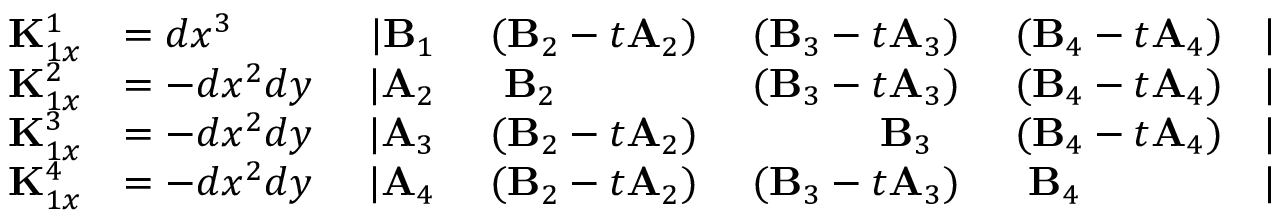
\begin{array} { r l r l r l r } { { \bf K } _ { 1 x } ^ { 1 } } & { = d x ^ { 3 } ~ } & { \vert { \bf B } _ { 1 } } & { ~ ( { \bf B } _ { 2 } - t { \bf A } _ { 2 } ) } & { ~ ( { \bf B } _ { 3 } - t { \bf A } _ { 3 } ) } & { ~ ( { \bf B } _ { 4 } - t { \bf A } _ { 4 } ) } & { \vert } \\ { { \bf K } _ { 1 x } ^ { 2 } } & { = - d x ^ { 2 } d y ~ } & { \vert { \bf A } _ { 2 } } & { ~ ~ { \bf B } _ { 2 } ~ ~ } & { ~ ( { \bf B } _ { 3 } - t { \bf A } _ { 3 } ) } & { ~ ( { \bf B } _ { 4 } - t { \bf A } _ { 4 } ) } & { \vert } \\ { { \bf K } _ { 1 x } ^ { 3 } } & { = - d x ^ { 2 } d y ~ } & { \vert { \bf A } _ { 3 } } & { ~ ( { \bf B } _ { 2 } - t { \bf A } _ { 2 } ) } & { ~ ~ { \bf B } _ { 3 } ~ ~ } & { ~ ( { \bf B } _ { 4 } - t { \bf A } _ { 4 } ) } & { \vert } \\ { { \bf K } _ { 1 x } ^ { 4 } } & { = - d x ^ { 2 } d y ~ } & { \vert { \bf A } _ { 4 } } & { ~ ( { \bf B } _ { 2 } - t { \bf A } _ { 2 } ) } & { ~ ( { \bf B } _ { 3 } - t { \bf A } _ { 3 } ) } & { ~ ~ { \bf B } _ { 4 } ~ ~ } & { \vert } \end{array}